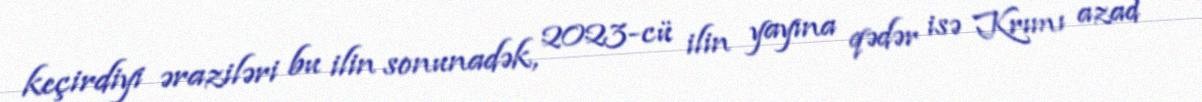
keçirdiyi əraziləri bu ilin sonunadək, 2023-cü ilin yayına qədər isə Krımı azad